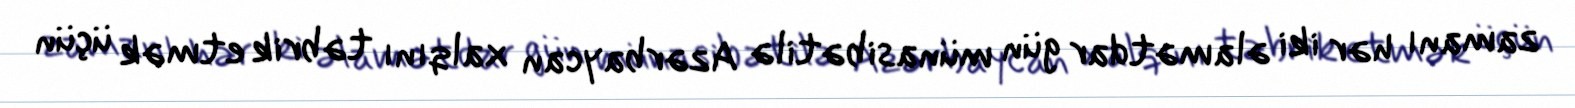
zamanı hər iki əlamətdar gün münasibətilə Azərbaycan xalqını təbrik etmək üçün